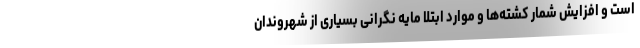
است و افزایش شمار کشته‌ها و موارد ابتلا مایه نگرانی بسیاری از شهروندان